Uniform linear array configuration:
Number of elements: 48
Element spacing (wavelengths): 0.25
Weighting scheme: hann
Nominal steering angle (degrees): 45
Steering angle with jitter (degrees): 44.855
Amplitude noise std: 0.05
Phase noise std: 0.05

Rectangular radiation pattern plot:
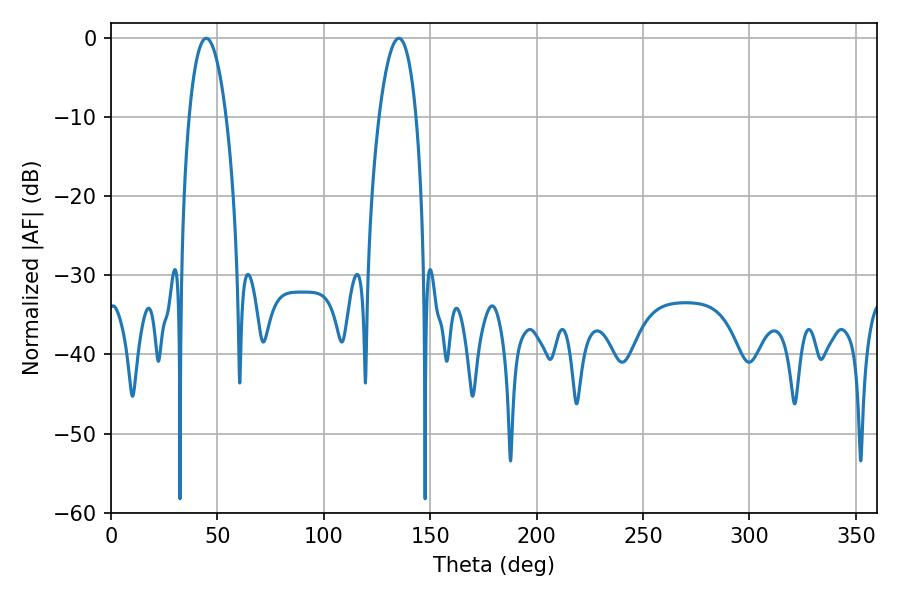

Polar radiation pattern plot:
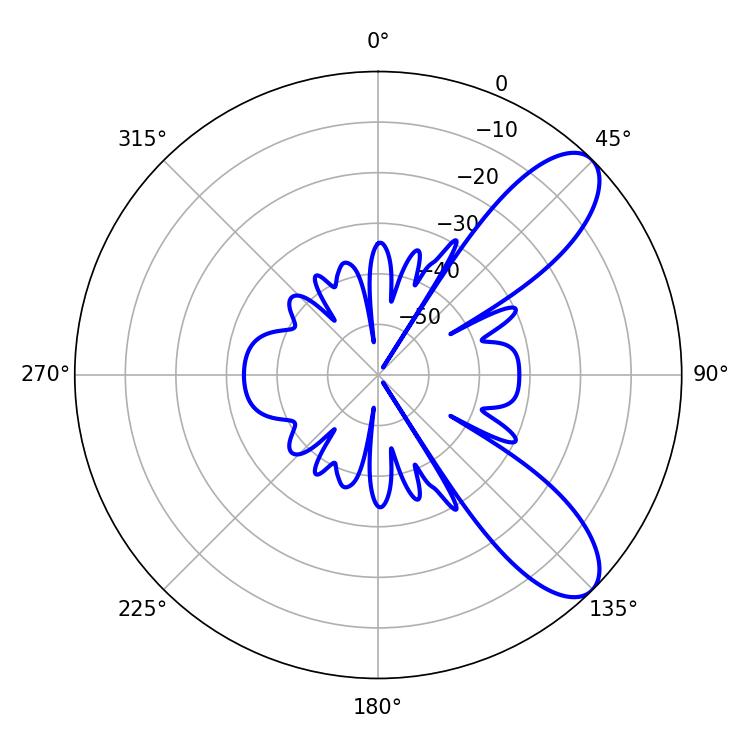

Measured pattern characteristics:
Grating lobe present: FALSE
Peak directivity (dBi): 8.94
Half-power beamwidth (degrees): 9.72
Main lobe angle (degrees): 44.82